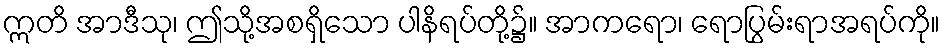
ဣတိ အာဒီသု၊ ဤသို့အစရှိသော ပါနိရပ်တို့၌။ အာကရော၊ ရောပြွမ်းရာအရပ်ကို။